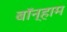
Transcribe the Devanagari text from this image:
बॉन्हाम